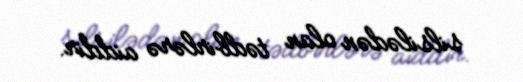
silsilədən olan tədbirlərə aiddir.